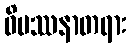
ဝိပဿနာတရား